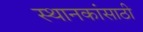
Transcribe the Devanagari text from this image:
स्थानकांसाठी